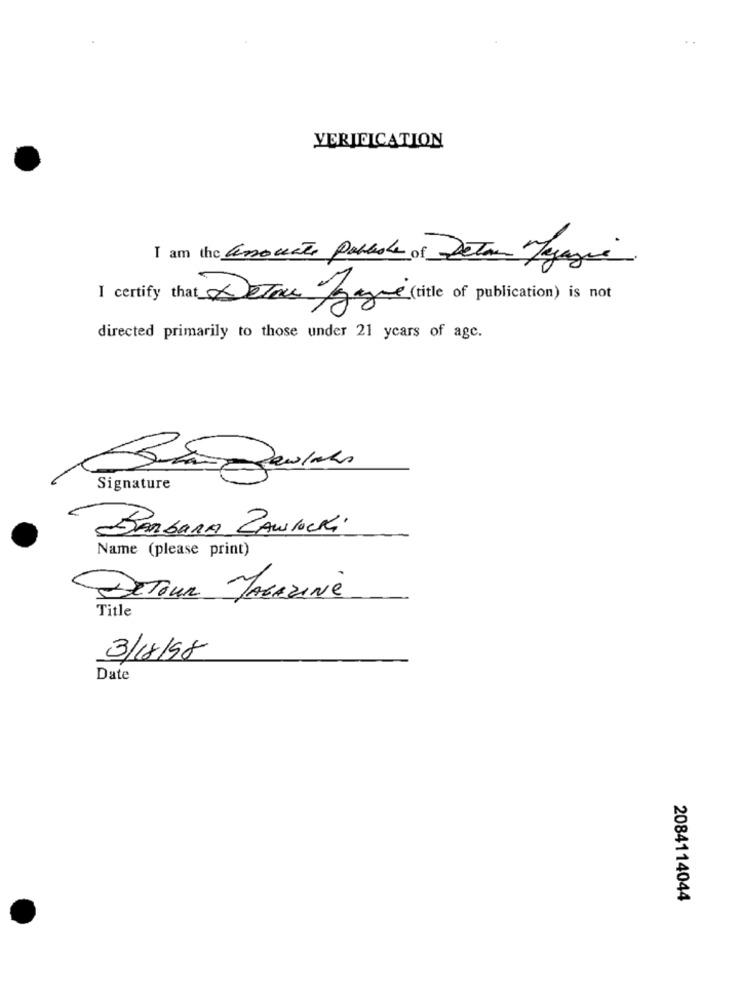
VERIFICATION
I am the associate Publisher of Detern Jegagua.
I certify that Delar gagne (title of publication) is not
directed primarily to those under 21 years of age.
Signature
BARBARA ZAWIEcki
Name (please print)
DETOUR MAGAZINE
Title
3/18/98
Date
2084114044